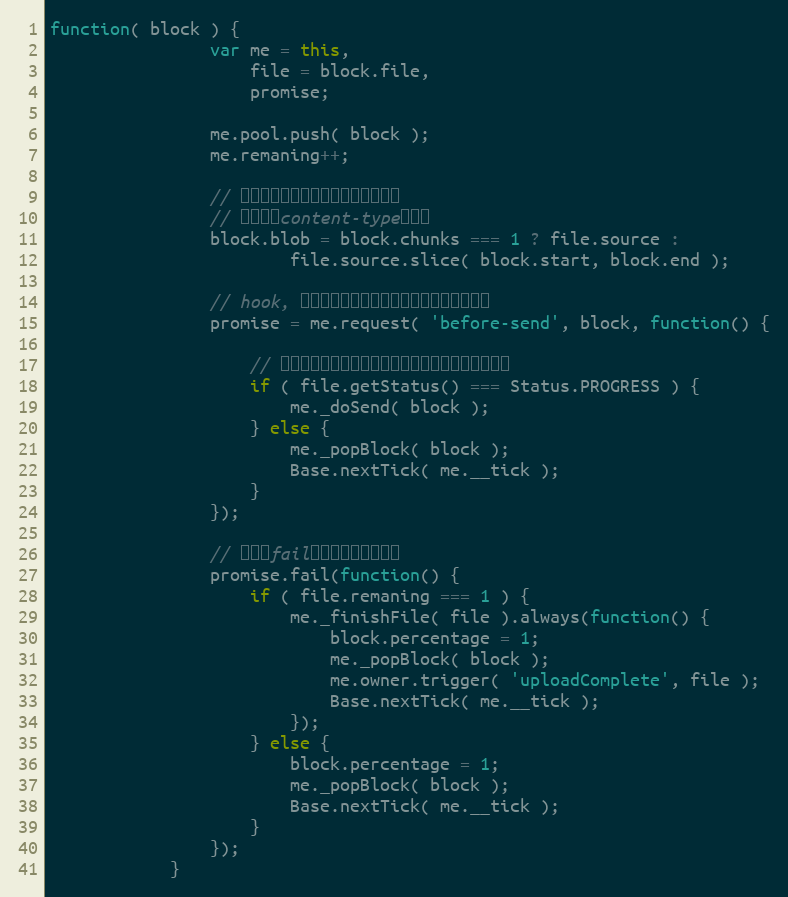
Language: JavaScript
function( block ) {
                var me = this,
                    file = block.file,
                    promise;

                me.pool.push( block );
                me.remaning++;

                // 如果没有分片，则直接使用原始的。
                // 不会丢失content-type信息。
                block.blob = block.chunks === 1 ? file.source :
                        file.source.slice( block.start, block.end );

                // hook, 每个分片发送之前可能要做些异步的事情。
                promise = me.request( 'before-send', block, function() {

                    // 有可能文件已经上传出错了，所以不需要再传输了。
                    if ( file.getStatus() === Status.PROGRESS ) {
                        me._doSend( block );
                    } else {
                        me._popBlock( block );
                        Base.nextTick( me.__tick );
                    }
                });

                // 如果为fail了，则跳过此分片。
                promise.fail(function() {
                    if ( file.remaning === 1 ) {
                        me._finishFile( file ).always(function() {
                            block.percentage = 1;
                            me._popBlock( block );
                            me.owner.trigger( 'uploadComplete', file );
                            Base.nextTick( me.__tick );
                        });
                    } else {
                        block.percentage = 1;
                        me._popBlock( block );
                        Base.nextTick( me.__tick );
                    }
                });
            }